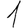
Digit: 1